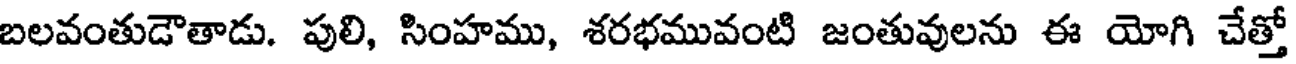
బలవంతుడౌతాడు. పులి, సింహము, శరభమువంటి జంతువులను ఈ యోగి చేత్తో